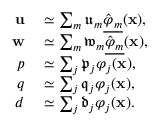
\begin{array} { r l } { \mathbf { u } } & { { } \simeq \sum _ { m } \mathfrak { u } _ { m } \underline { { \hat { \varphi } _ { m } } } ( \mathbf { x } ) , } \\ { \mathbf { w } } & { { } \simeq \sum _ { m } \mathfrak { w } _ { m } \underline { { \hat { \varphi } _ { m } } } ( \mathbf { x } ) , } \\ { p } & { { } \simeq \sum _ { j } \mathfrak { p } _ { j } \varphi _ { j } ( \mathbf { x } ) , } \\ { q } & { { } \simeq \sum _ { j } \mathfrak { q } _ { j } \varphi _ { j } ( \mathbf { x } ) , } \\ { d } & { { } \simeq \sum _ { j } \mathfrak { d } _ { j } \varphi _ { j } ( \mathbf { x } ) . } \end{array}